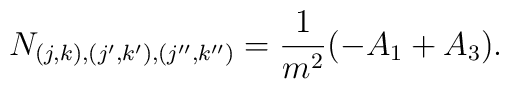
N_{(j,k), (j^{\prime}, k^{\prime}), (j^{\prime \prime}, k^{\prime \prime})}=\frac{1}{m^2}(-A_1+A_3).